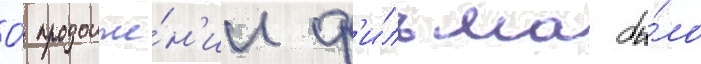
О́ продолже́н'ии ф'и́льма бы́ло